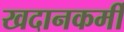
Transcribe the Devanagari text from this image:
खदानकर्मी